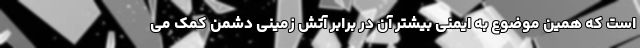
است که همین موضوع به ایمنی بیشتر آن در برابر آتش زمینی دشمن کمک می